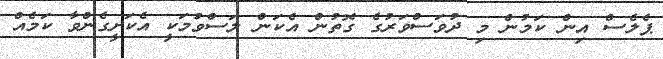
ޕެލެސް އިން ކަމުން މި ދުވަސްވަރުގެ ގޮތުން އެކަން ލަސްވުމަކީ އެކަށީގެންވާ ކަމެއް